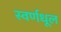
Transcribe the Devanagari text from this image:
स्वर्णधूल